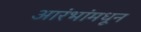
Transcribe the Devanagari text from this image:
आरंभांमधून